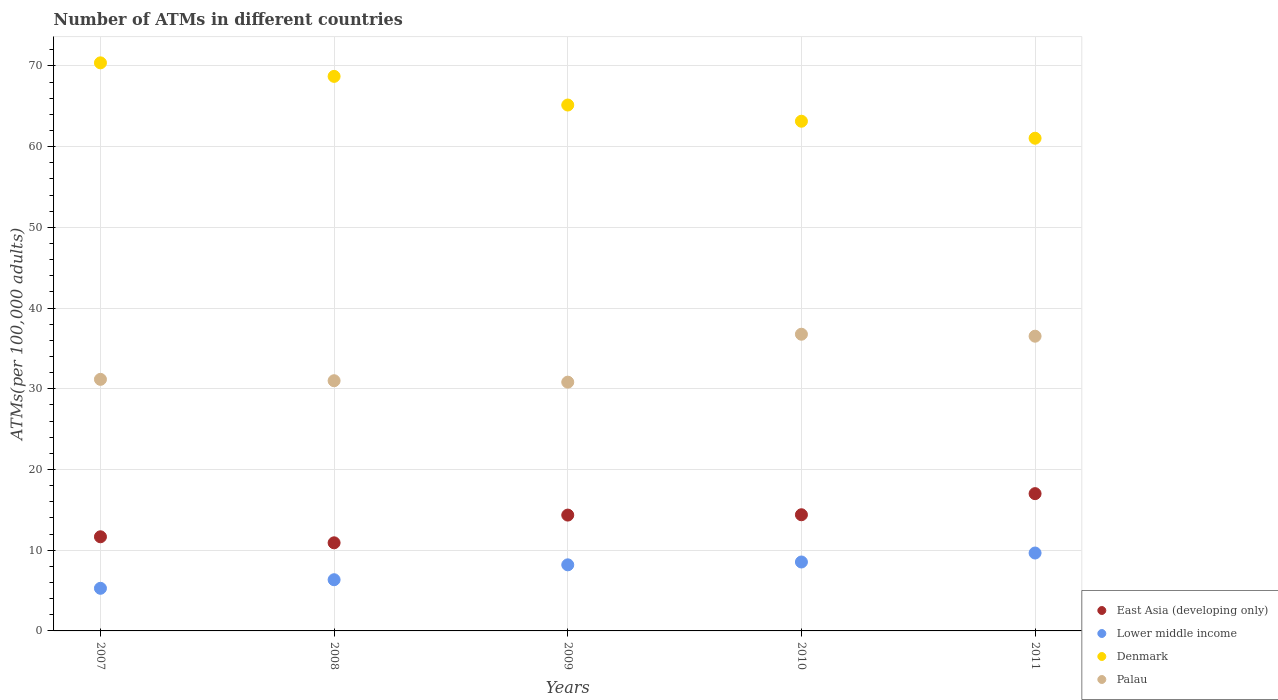
| Years | East Asia (developing only) | Lower middle income | Denmark | Palau |
 | --- | --- | --- | --- | --- |
 | 2007 | 11.7 | 5.28 | 70.4 | 31.2 |
 | 2008 | 10.9 | 6.34 | 68.7 | 31 |
 | 2009 | 14.4 | 8.19 | 65.2 | 30.8 |
 | 2010 | 14.4 | 8.54 | 63.1 | 36.8 |
 | 2011 | 17 | 9.65 | 61 | 36.5 |